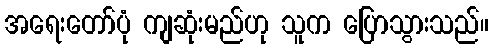
အရေးတော်ပုံ ကျဆုံးမည်ဟု သူက ပြောသွားသည်။